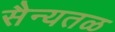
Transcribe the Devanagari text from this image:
सैन्यतळ